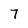
Character: 7